Report of the Municipal Commissioner on the plague in Bombay for the year ending 31st May... - Volume 2
Disease focus: Plague
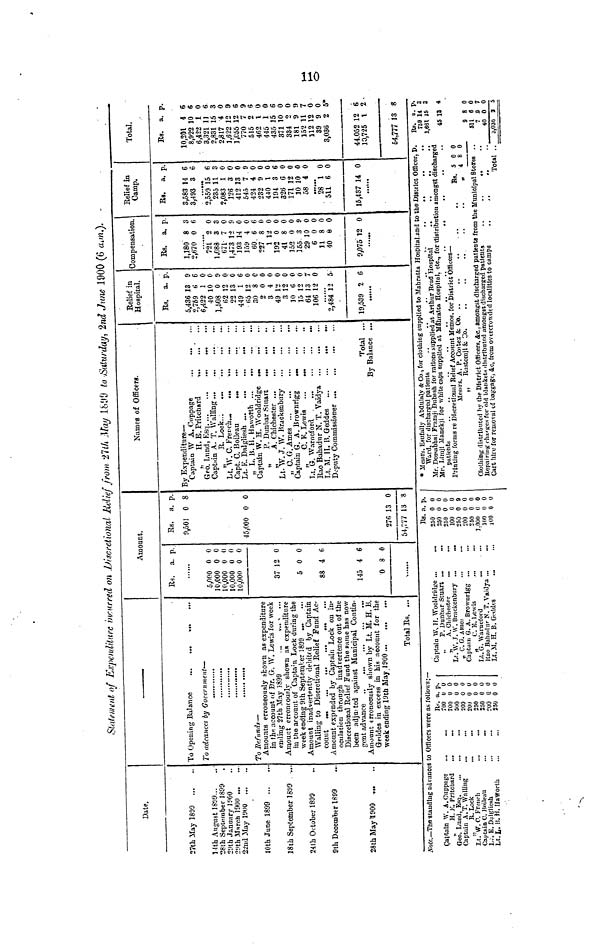
H*
H*
O
Statement of Expenditure incurred on JJiscrctional Relief from '11 tit, Atay 1^99 to Saturday', 2nd June 1900 (6 a.m.).
Date.
27th May 1899
14th August 1839...
"28th September 1899
29th January 1900
2!«th March 1900 ...
22nd May 1900 ...
10th June 1899
18th September 1899 ....
24th October 1899
9th December 1899
28th May 8 900 „..
To advances by Government—
To Refunds—
Amounts erroneously shown as expenditure
in fh« account of Br. G. W. Lewis for week
ending 27th May 1899
...
v .. ^ ...
Amount erroneously shovrn as expenditure
in tiie account of Capta'n Lock during the
\veekending9th September 1899
Amount inadvertently debited by Captain
Walling to Discretional Relief Fund Ac-
Amount expended by Captain Lock on in-
oculation through inadvertence out of the
Discretional Relief Fund the same has now
been adjmted against Municipal Contin-
Amount erroneously shown by Lt. M. H. B.
Geddes in excess in his account for the
\veekendingl9thMayl900
Total Rs. ...
Amount.
Rs. a. p.
5,000 0 0
10,000 0 0
10,000 0 0
10,000 0 0
10,000 0 0
37 12 0
5 0 0
88 i 6
145 4 6
0 8 0
Rs. a. p.
9,501 0 8
•15,000 0 0
276 13 0
54,777 13 8
Names of Officers.
By Expenditure-
Captain W A. Cuppage
„
II. B. Pritchard
>
' ...
Captain A. T. Walling
Lt. W. C. French...
Capt. C. Boileau
.„
Lt F Dalgliesh ...
...
.
„ L 11. H. Haworth
Captain W. H. Wooldridge ...
„
P. Dunbar Stuart
Lt. W. J. W. Brackenbnry
Captain G. A. Brownrigg
^.
„
C. K. Lewis
Rao Bahadur N. T. Vaidya
Lt M II. B Geddes
Total ...
By Balance ...
Relief in
Hospital.
Rs. a. p.
5,436 13 9
2,769 6 6
6,422 1 0
40 10 0
1,508 0 9
62 12 0
22 13 0
449 1 6
65 12 0
30 8 0
2 0 0
3 4 0
49 12 0
3 12 0
10 G 0
15 12 0
64 13 7
106 12 0
2,484 12 5-
19,539 2 6
Compensation.
Rs. a. p.
1,180 8 3
2,670 0 6
72{'"2 0
1.088 3 3
671- 7 0
1,473 12 9
193 14 0
159 4 0
60. 6 6
227 8 0
1 12 0
192 0 0
41 8 0
152 0 0
155 3 9
29 10 0
6 0 0
11 8 0
40 e o
9,07512 0
Relief in
Camp.
Ra. a. p.
3,583 14 6
3,493 3 6
2,550*75 6
235 11 3
2,083 1 0
126 3 0
412 13 0
545 7 9
424 4 0
232 9 0
440 1 0
194 3 6
326 6 0
171 12 0
10 10 0
58 4 0
. 2*8*"l 0
511 6 0
15,437 14 0
Total.
Rs. a. p.
10,201 4 6
8,922 10 6
6,422 1 0
3,321 11 6
2,831 15 3
2,817 4 0
1.622 12 9
i;C55 12 6
770 7 9
515 2 6
462 1 0
445 1 0
435 15 6
371 10 0
334 2 0
181 9 9
152 11 7
112 12 0
39 9 0
3,036 2 5*
44.052 12 6
10,725 1 2 -
54,777 13 8
Note.— The standing advances to Officers were
Captain AV. A.Cuppage
H. K. Pritcbard
Oeo. Lund, Esq.
Captain A. T. Walling
„
R. Lock
Lt. W. C. French
Captain C. Jtoileau
i».. B. Dalgliesh
Lt. L. U. H. Haworth
asfe
R«.
700
700
500
£00
200
250
250
200
250
>Ilc
a.
u
0
0
0
0
0
0
Q
0
ws;-
p,
0
0
0
0
0
0
0
0
0
Rs.
Captain W. IF. Wooldridge ...
..
250
„
P. Dunbar Stuart ...
.
250
„
A. Ghichester
...
.
250
Lt. W. J. \\'. Brackenbury
.
100
f C. G. Aaies
.
.
250
Captain G. A. Brownrigg
.
200
„
C. K. Lewis
.
250
Lt.G.Warneford
.
.
1.000
Uao Bahadur N. T. Vaidya ...
..
K>0
Lt. M. H, B. Gwlika
i«0
a.
0
0
0
0
0
0
0
0
0
0
!>.
0
0
0
0
9
0
0
0
0
0
• Messrs. Esufully Abdulaly & Co , for clothing supplied to Mahratta Hospital.and to the District Officer, D.
Mr. Dossabhai Framji Dubash for rations supplied at Arthur Read Hospital
..
..
..
Mr. Limjl Mnnekji for white caps supplied at Mahratca Hospital, etc., for 'distribution amongst discharged
Printing forms re Discretional Relief Account Menios. for District Officers—
Messrs. A. P. Coitez & Co
Rs. 5 0 0
„ Rustomji & Co.
..
..
..
..
..
„ 4 8 0
Clothing distributed by the District Officers. 4c. , amongst discharged patients ftom the Municipal Stores . .
KepnjriDg c'hitrtre.s for old blankets distributed amongat discharged pfttieuts
..
..
••
••
Cart hlro for removal of baggage, ic, from overcrowded localities to camps
. .
, .
..
Total ..
Rs.
750
1,661
45
9
511
7
40
3,036
a.
14
J5
13
8
6
.8
0
3
P.
3
3
4
0
0
7
0
5